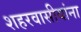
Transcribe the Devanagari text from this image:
शहरवासीयांना